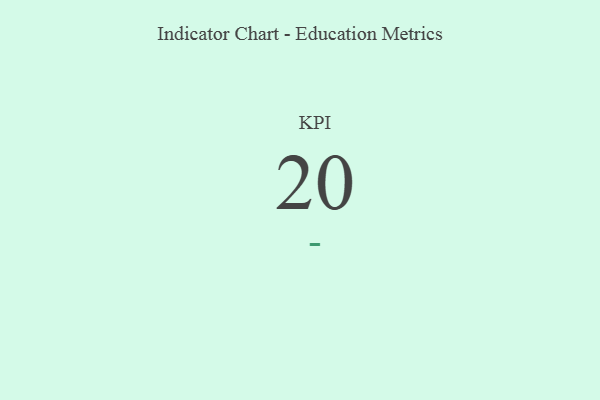
{"axis": {"x": "KPI", "y": "Value"}, "legend": [""], "data": [{"x": "KPI", "y": 20, "type": ""}]}